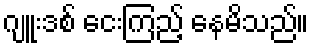
ဂျူးဒစ် ငေးကြည့် နေမိသည်။